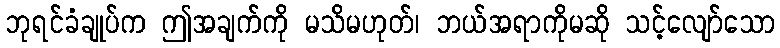
ဘုရင်ခံချုပ်က ဤအချက်ကို မသိမဟုတ်၊ ဘယ်အရာကိုမဆို သင့်လျော်သော